Medical and sanitary report of the native army of Madras for the year
Year: 1875
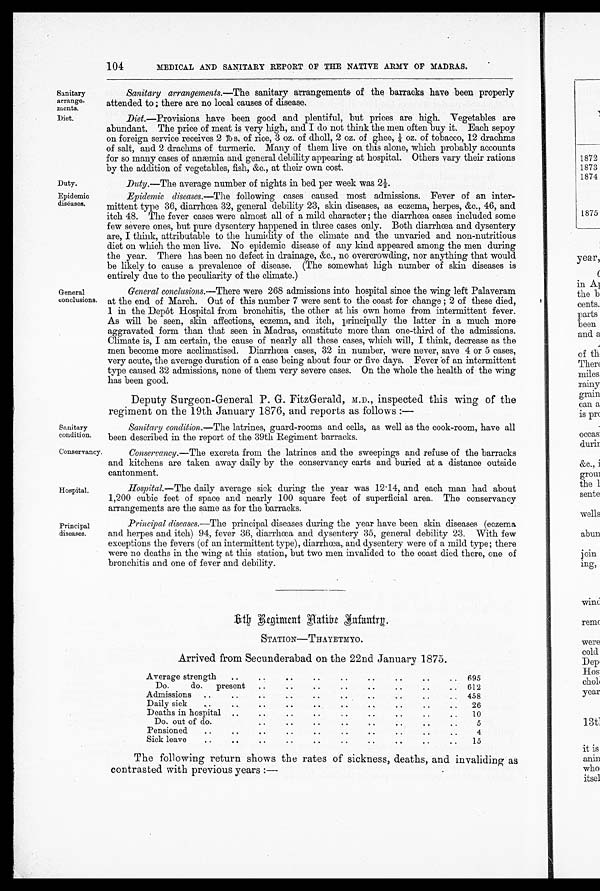
Sanitary
arrange
- m e n t s .
Diet.
Duty.
Epidemic
diseases.
Sanitary
condition.
Conservancy.
104
MEDICAL AND SANITARY REPORT OF THE NATIVE ARMY OF MADRAS.
General
conclusions.
Sanitary arrangements. —The sanitary arrangements of the barracks have been properly
attended to; there are no local causes of disease.
Diet. —Provisions, have been good and plentiful, but prices are high. Vegetables are
a b u n d a n t . T h e p r i c e o f m e a t i s v e r y h i g h , a n d I d o n o t t h i n k t h e m e n o f t e n b u y i t . E a c h s e p o y
on forei gn servi ce recei ves 2 l b s. of ri ce, 3 oz. of dhol l , 2 oz. of ghee, ¼ oz. of t obacco, 12 drachms
of salt, and 2 drachms of turmeric. Many of them live on this alone, which probably accounts
for so many cases of anæmia and general debility appearing at hospital. Others vary their rations
by the addition of vegetables, fish, &c., at their own cost.
Duty. —The average number of nights in bed per week was 2½.
Epidemic diseases. —The following cases caused most admissions. Fever of an inter
- m i t t e n t t y p e 3 6 , d i a r r h œ a 3 2 , g e n e r a l d e b i l i t y 2 3 , s k i n d i s e a s e s , a s e c z e m a , h e r p e s , & c . , 4 6 , a n d
itch 48. The fever cases were almost all of a mild character; the diarrhœa cases included some
few severe ones, but pure dysentery happened in three cases only. Both diarrhœa and dysentery
are, I think, attributable to the humidity of the climate and the unvaried and non-nutritious
diet on which the men live. No epidemic disease of any kind appeared among the men during
the year. There has been no defect in drainage, &c., no overcrowding, nor anything that would
be likely to cause a prevalence of disease. (The somewhat high number of skin diseases is
entirely due to the peculiarity of the climate.)
General conclusions.—There were 268 admissions into hospital since the wing left Palaveram
at the end of March. Out of this number 7 were sent to the coast for change; 2 of these died,
1 in the Depot Hospital from bronchitis, the other at his own home from intermittent fever.
As will be seen, skin affections, eczema, and itch, principally the latter in a much more
aggravated form than that seen in Madras, constitute more than one-third of the admissions.
Climate is, I am certain, the cause of nearly all these cases, which will, I think, decrease as the
men become more acclimatised. Diarrhœa cases, 32 in number, were never, save 4 or 5 cases,
very acute, the average duration of a case being about four or five days. Fever of an intermittent
type caused 32 admissions, none of them very severe cases. On the whole the health of the wing
has been good.
Deputy Surgeon-General P. G. FitzGerald, M.D., inspected this wing of the
regiment on the 19th January 1876, and reports as follows:—
Sanitary condition. —The latrines, guard-rooms and cells, as well as the cook-room, have all
been described in the report of the 39th Regiment barracks.
Conservancy. —The excreta from the latrines and the sweepings and refuse of the barracks
and kitchens are taken away daily by the conservancy carts and buried at a distance outside
cantonment.
Hospital.
Principal
diseases.
Hospital.—The daily average sick during the year was 12.14, and each man had about
1,200 cubic feet of space and nearly 100 square feet of superficial area. The conservancy
arrangements are the same as for the barracks.
Principal diseases. —The principal diseases during the year have been skin diseases (eczema
and herpes and itch) 94, fever 36, diarrhœa and dysentery 35, general debility 23. With few
exceptions the fevers (of an intermittent type), diarrhœa, and dysentery were of a mild type; there
were no deaths in the wing at this station, but two men invalided to the coast died there, one of
bronchitis and one of fever and debility.
6 t h R e g i m e n t N a t i v e I n f a n t r y .
STATION—THAYETMYO.
Arrived from Secunderabad on the 22nd January 1875.
Average strength
..
. . ..
..
..
. .
. .
..
. .
695
Do.
do.
present
..
..
..
..
. .
. .
..
.. 612
Admissions..
..
..
..
..
..
..
..
. . 458
Daily sick. . ..
. .
. .
. .
. .
. .
. .
. .
. .
26
Deaths in hospital..
. .
. .
. .
..
..
..
..
..
10
Do. out of do.
. .
. .
. .
. .
. .
. .
. .
. .
5
Pensioned
..
..
..
..
..
..
..
..
..
..
4
Sick leave
..
. .
..
. .
. .
. .
..
. .
. . 15
The following return shows the rates of sickness, deaths, and invaliding as
contrasted with previous years:—